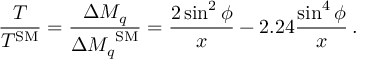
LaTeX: \frac { T } { T ^ { \mathrm { { S M } } } } = \frac { \Delta M _ { q } } { { \Delta M _ { q } } ^ { \mathrm { S M } } } = \frac { 2 \sin ^ { 2 } \phi } { x } - 2 . 2 4 \frac { \sin ^ { 4 } \phi } { x } \, .